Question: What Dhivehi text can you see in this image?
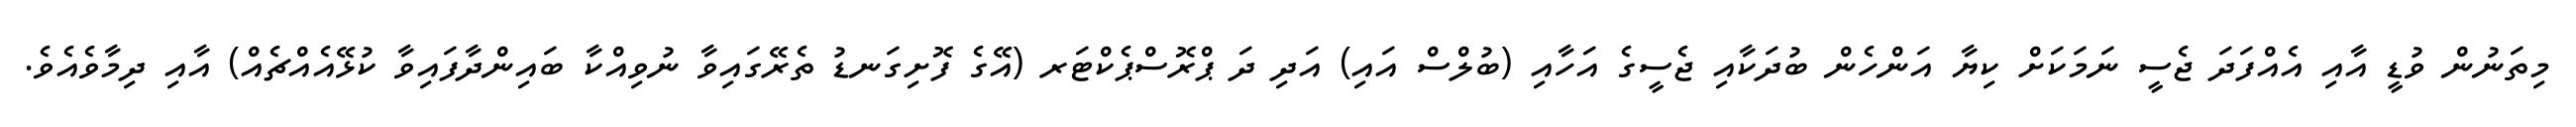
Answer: މިތަނުން ވުޑީ އާއި އެއްފަދަ ޖެސީ ނަމަކަށް ކިޔާ އަންހެން ބުދަކާއި ޖެސީގެ އަހާއި (ބުލްސް އައި) އަދި ދަ ޕްރޮސްޕެކްޓަރ (އޭގެ ފޮށިގަނޑު ތެރޭގައިވާ ނުވިއްކާ ބައިންދާފައިވާ ކުޅޭއެއްޗެއް) އާއި ދިމާވެއެވެ.